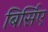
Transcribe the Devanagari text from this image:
बिर्सिए